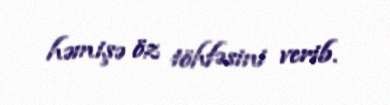
həmişə öz töhfəsini verib.